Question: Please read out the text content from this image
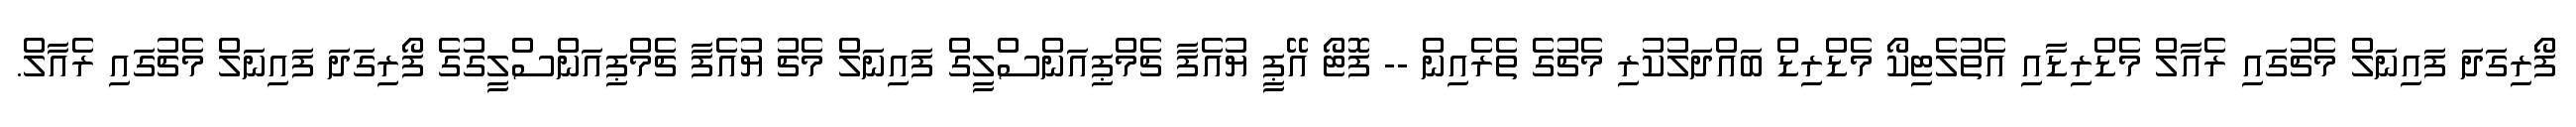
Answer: ފޯރިގަދަ ފައިނަލް މެޗުގައި ރެއާލް މެޑްރިޑާއި އެތުލެޓިކޯ މެޑްރިޑް ބައްދަލުކުރި މެޗުގެ ތެރެއިން -- ފޮޓޯ އޭޕީ ޔުއެފާ ޗެމްޕިއަންސްލީގް ފައިނަލް މެޗު ޔުއެފާ ޗެމްޕިއަންސްލީގުގެ ފޯރިގަދަ ފައިނަލް މެޗުގައި ރެއާލް.